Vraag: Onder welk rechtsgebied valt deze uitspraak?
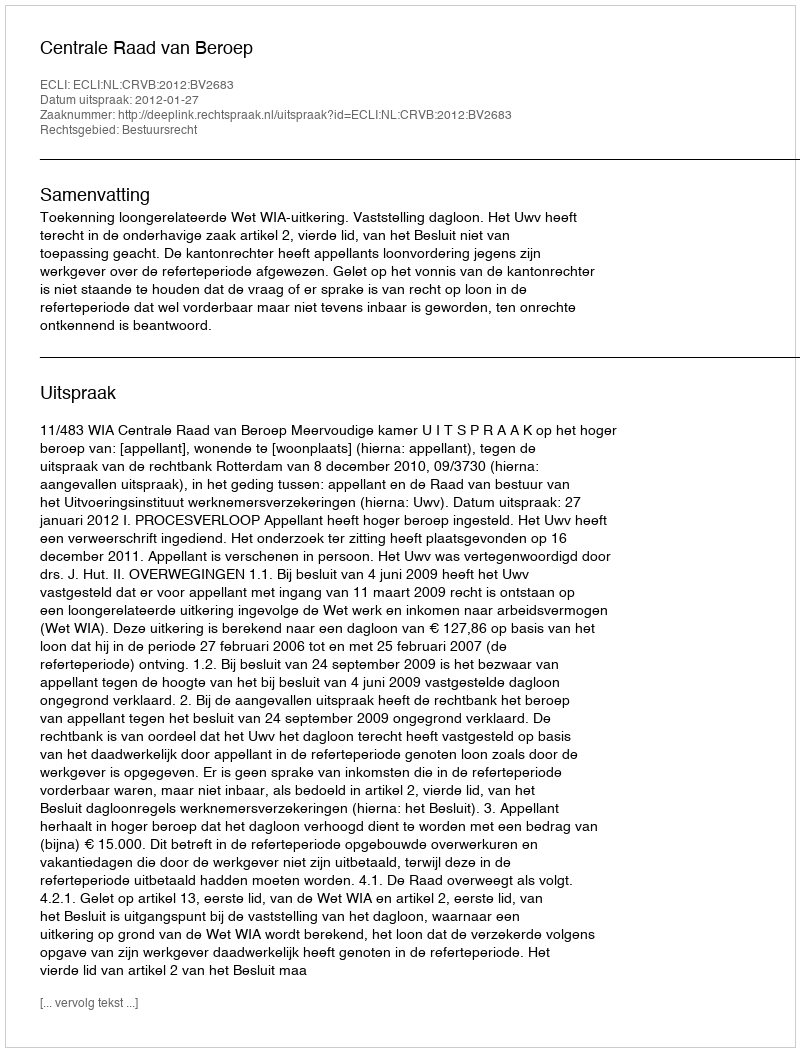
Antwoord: Bestuursrecht